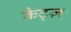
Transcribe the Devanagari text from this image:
कैट्ज़